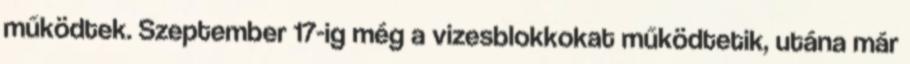
működtek. Szeptember 17-ig még a vizesblokkokat működtetik, utána már